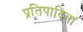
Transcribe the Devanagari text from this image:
प्रतिपादिता